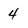
Character: 4